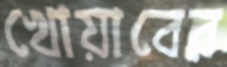
খোয়াবের